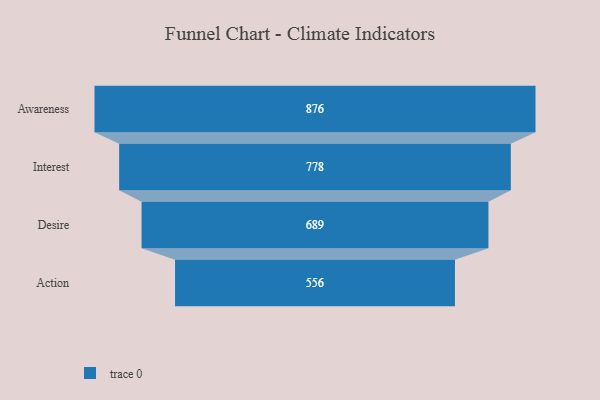
{"axis": {"x": "Stage", "y": "Value"}, "legend": [""], "data": [{"x": "Awareness", "y": 876.0, "type": ""}, {"x": "Interest", "y": 778.0, "type": ""}, {"x": "Desire", "y": 689.0, "type": ""}, {"x": "Action", "y": 556.0, "type": ""}]}